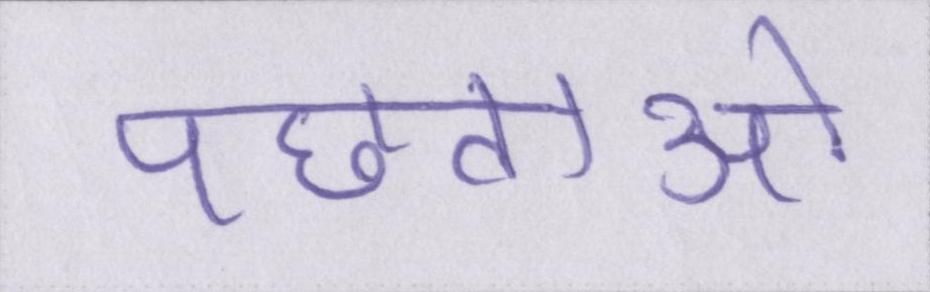
पछताओ